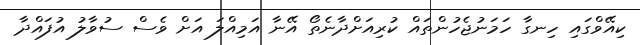
ކިއޭވްގައި ހިނގާ ހަމަނުޖެހުންތައް ކުރިއަށްދާނެތޯ އޭނާ އަމިއްލަ އަށް ވެސް ސުވާލު އުފައްދާ